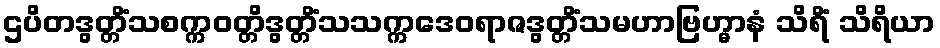
ဌပိတဒွတ္တိံသစက္ကဝတ္တိဒွတ္တိံသသက္ကဒေဝရာဇဒွတ္တိံသမဟာဗြဟ္မာနံ သိရိံ သိရိယာ